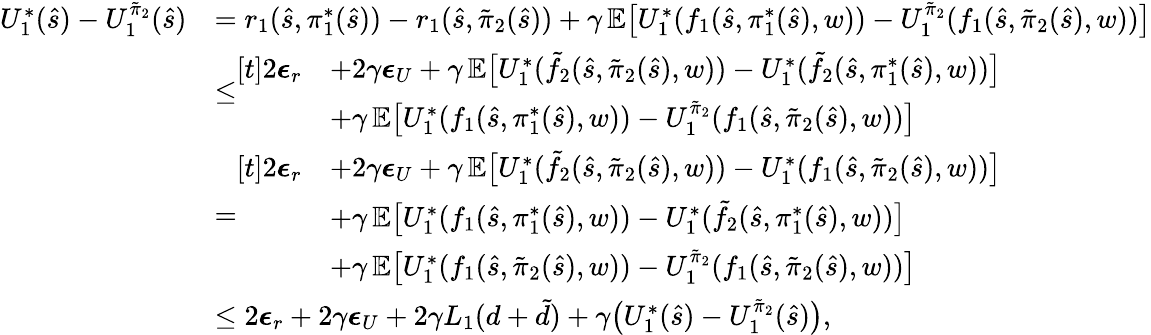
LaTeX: \begin{array}{rl}{U_{1}^{*}(\hat{s})-U_{1}^{\tilde{\pi}_{2}}(\hat{s})}&{=r_{1}(\hat{s},\pi_{1}^{*}(\hat{s}))-r_{1}(\hat{s},\tilde{\pi}_{2}(\hat{s}))+\gamma\, \mathbb{E}\bigl[U_{1}^{*}(f_{1}(\hat{s},\pi_{1}^{*}(\hat{s}),w))-U_{1}^{\tilde{\pi}_{2}}(f_{1}(\hat{s},\tilde{\pi}_{2}(\hat{s}),w))\bigr]}\\ &{\leq\begin{array}{rl}{[t]2\boldsymbol{\epsilon}_{r}}&{+2\gamma\boldsymbol{\epsilon}_{U}+\gamma\, \mathbb{E}\bigl[U_{1}^{*}(\tilde{f}_{2}(\hat{s},\tilde{\pi}_{2}(\hat{s}),w))-U_{1}^{*}(\tilde{f}_{2}(\hat{s},\pi_{1}^{*}(\hat{s}),w))\bigr]}\\ &{+\gamma\, \mathbb{E}\bigl[U_{1}^{*}(f_{1}(\hat{s},\pi_{1}^{*}(\hat{s}),w))-U_{1}^{\tilde{\pi}_{2}}(f_{1}(\hat{s},\tilde{\pi}_{2}(\hat{s}),w))\bigr]}\end{array}}\\ &{=\begin{array}{rl}{[t]2\boldsymbol{\epsilon}_{r}}&{+2\gamma\boldsymbol{\epsilon}_{U}+\gamma\, \mathbb{E}\bigl[U_{1}^{*}(\tilde{f}_{2}(\hat{s},\tilde{\pi}_{2}(\hat{s}),w))-U_{1}^{*}(f_{1}(\hat{s},\tilde{\pi}_{2}(\hat{s}),w))\bigr]}\\ &{+\gamma\, \mathbb{E}\bigl[U_{1}^{*}(f_{1}(\hat{s},\pi_{1}^{*}(\hat{s}),w))-U_{1}^{*}(\tilde{f}_{2}(\hat{s},\pi_{1}^{*}(\hat{s}),w))\bigr]}\\ &{+\gamma\, \mathbb{E}\bigl[U_{1}^{*}(f_{1}(\hat{s},\tilde{\pi}_{2}(\hat{s}),w))-U_{1}^{\tilde{\pi}_{2}}(f_{1}(\hat{s},\tilde{\pi}_{2}(\hat{s}),w))\bigr]}\end{array}}\\ &{\leq 2\boldsymbol{\epsilon}_{r}+2\gamma\boldsymbol{\epsilon}_{U}+2\gamma L_{1}(d+\tilde{d})+\gamma\bigl(U_{1}^{*}(\hat{s})-U_{1}^{\tilde{\pi}_{2}}(\hat{s})\bigr),}\end{array}